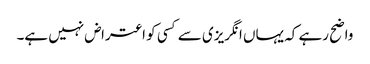
واضح رہے کہ یہاں انگریزی سے کسی کو اعتراض نہیں ہے۔